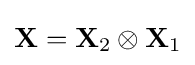
\mathbf {X} =\mathbf {X} _{2}\otimes \mathbf {X} _{1}